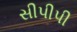
સીપીપી